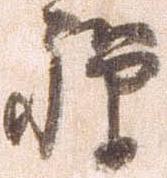
禅